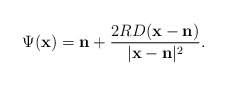
\begin{align*}\Psi(\mathbf x) = \mathbf n + \frac{2RD(\mathbf x - \mathbf n)}{|\mathbf x - \mathbf n|^2}.\end{align*}